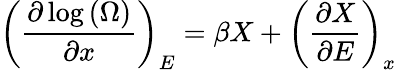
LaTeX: \left({\frac{\partial\log\left(\Omega\right)}{\partial x}}\right)_{E}=\beta X+\left({\frac{\partial X}{\partial E}}\right)_{x}